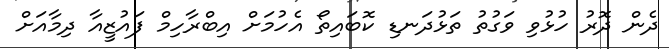
ދެން ދޮރު ހުޅުވި ވަގުތު ތަޅުދަނޑި ކޮބައިތޯ އެހުމަށް އިބްރާހިމް ފައުޒީއާ ދިމާއަށް